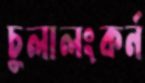
চুলালংকর্ন